Scottish Certificate of Education, 1962
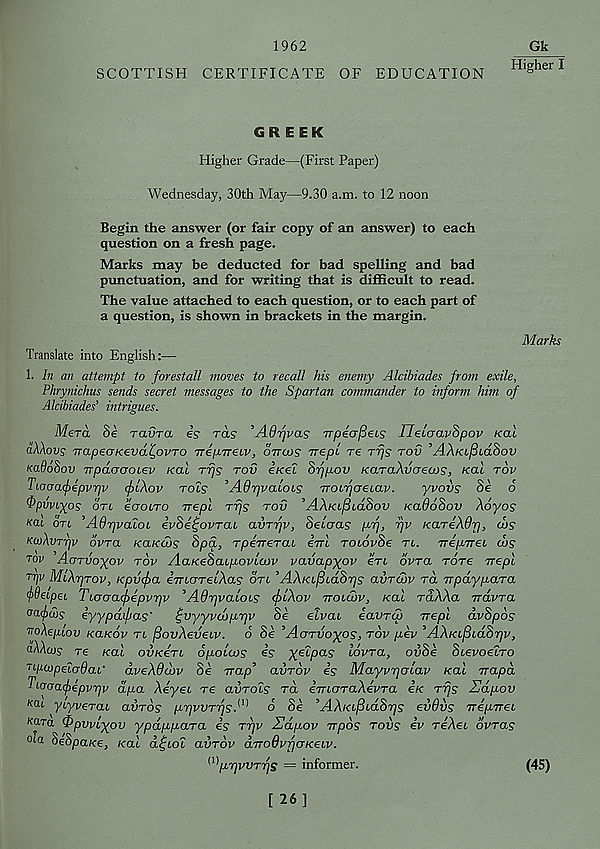
1962
SCOTTISH CERTIFICATE OF EDUCATION
Gk
Higher I
GREEK
Higher Grade—(First Paper)
Wednesday, 30th May—9.30 a.m. to 12 noon
Begin the answer (or fair copy of an answer) to each
question on a fresh page.
Marks may be deducted for bad spelling and bad
punctuation, and for writing that is difficult to read.
The value attached to each question, or to each part of
a question, is shown in brackets in the margin.
Marks
Translate into English:—
1. In an attempt to forestall moves to recall his enemy Alcibiades from exile,
Phrynichus sends secret messages to the Spartan commander to inform him of
Alcibiades' intrigues.
Mera Se ravra is ras ’Adfjvas wpiafieis Ileiaavhpov ko1
aXXovs vapeoKevd^ovTO TripTreev, ottcos Trepe re rrjs tov 'AAkl^lolSov
KaOohov Trpdoooiev kcll rfjs tov e/ret 8fjpov KaraXvcreoos, /cat tov
TLooa(f>ipvr]v c^lAov tols ' AdrjvaiOLs TTOifjoeLav.
yvovs Se 6
Qpvviyps art eoroLTO rrepl Trjs tov 'AAkl^lolSov kcl968ov Aoyos'
kcu otl ’AQTjvaioi iv8i^ovTaL avTiqv, Setaas p-r], rjv KaTeXOrj, cos
KCoXvTrjV OVTCL KCLKCOS 8pd } Tp6TT€T(U STTL TOLOvSe TL. 7Tep7T6i (!)£
tov AcrTvoyov tov AaKeSatpovLCov vavap^ov ert 6Vra rore Trept
Trjv MiXprov, Kpvcfia imaTeiXas otl ’AXtci^idSps aiiTcov ra TrpdypaTa
^deLpeL Tiooa(j)ipvr]v ’AOpvaLOLS </)lXov ttolcov, koll raAAa TrdvTa
oafdis iyypdifias' ^vyyvdbprjv Se eivai iavTCp vepl dvSpos
ToXepLov kokov tl fiovXeveLv. 6 8e ’Aotvo^os, tov pev ^AXKL^Ld8rjv,
aXXcos re /cat ovkstl opoLios is yelpas lovtcl, ov8i 8LevoeLTo
T tpaipeta0at' dveAdobv 8i nap’ ovtov is Mayvrjoiav kcll rrapd
Tiocrafipvpv dpa XiyeL T6 ovtols to, eTTtaraAeWa e/c Tr\s Hdpov
ko.l ytyverat avros prjWTrjsA o 8e ’AX/cL^LaS^s eiiOvs TripTreL
Kara Opwiyov ypdppciTa is ttjv Hdpov irpos tovs iv reAet ovtcls
via SeSpa/ce, /cat d^LOL aiiTov dTrodvrjOK&Lv.
w priWTfjS = informer.
(45)
[ 26]